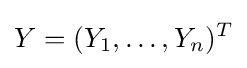
Y=(Y_{1},\ldots ,Y_{n})^{T}